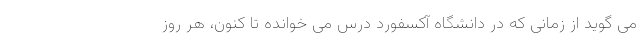
می گوید از زمانی که در دانشگاه آکسفورد درس می خوانده تا کنون، هر روز